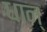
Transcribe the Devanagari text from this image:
धान्